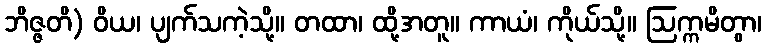
ဘိဇ္ဇတိ) ဝိယ၊ ပျက်သကဲ့သို့။ တထာ၊ ထို့အတူ။ ကာယံ၊ ကိုယ်သို့။ ဩက္ကမိတွာ၊